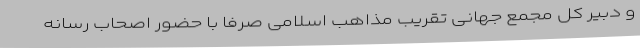
و دبیر کل مجمع جهانی تقریب مذاهب اسلامی صرفا با حضور اصحاب رسانه